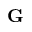
{ \bf G }